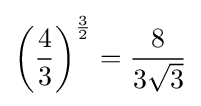
\left({\frac {4}{3}}\right)^{\frac {3}{2}}={\frac {8}{3{\sqrt {3}}}}